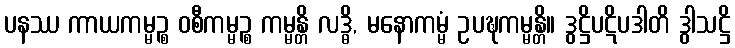
ပနဿ ကာယကမ္မဉ္စ ဝစီကမ္မဉ္စ ကမ္မန္တိ လဒ္ဓိ, မနောကမ္မံ ဥပဍ္ဎကမ္မန္တိ။ ဒွဋ္ဌိပဋိပဒါတိ ဒွါသဋ္ဌိ